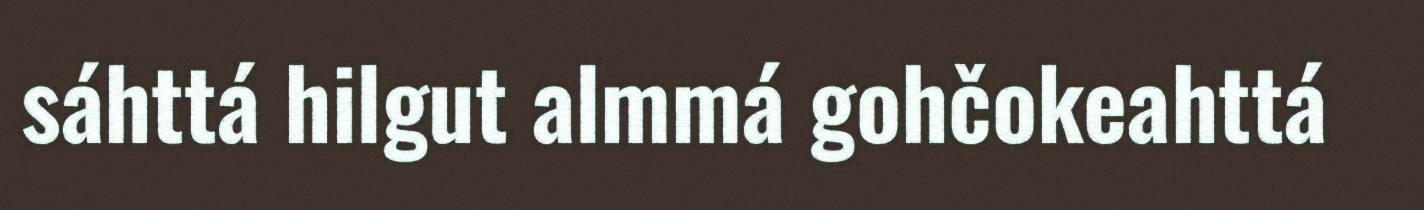
sáhttá hilgut almmá gohčokeahttá